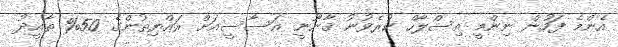
އެންމެ ފަހުން ނިންމީ އިސްލާހް ކުރެވުނު ޤާނޫނީ އަސާސީއަށް ރައްޔިތުންގެ 50% ތާއީދު